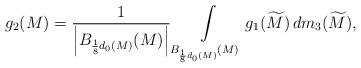
LaTeX: \begin{align*}g_{2}(M)=\frac{1}{\left| B_{\frac{1}{8} d_{0}(M)}(M)\right|}\int\limits_{B_{\frac{1}{8} d_{0}(M)}(M)} g_{1}(\widetilde{M})\, dm_{3}(\widetilde{M}),\end{align*}